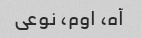
آه، اوم، نوعی